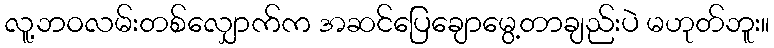
လူ့ဘဝလမ်းတစ်လျှောက်က အဆင်ပြေချောမွေ့တာချည်းပဲ မဟုတ်ဘူး။